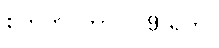
စက်တင်ဘာလ 9 ရက်။